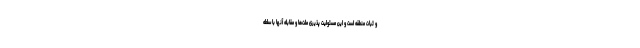
و ثبات منطقه است و این مسئولیت پذیری ملت‌ها و مقابله آنها با سلطه